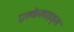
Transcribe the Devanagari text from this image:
एल्केलाइड्स